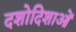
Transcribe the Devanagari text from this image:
दशोदिशाओं